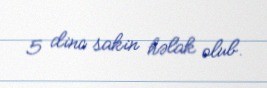
5 dinc sakin həlak olub.